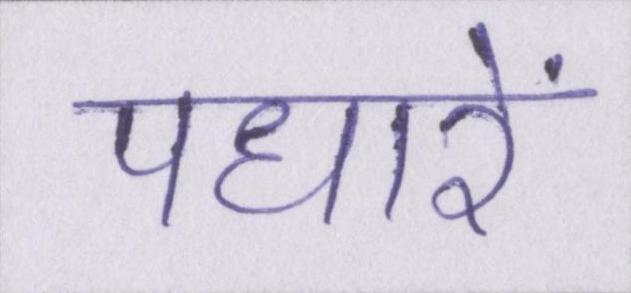
पधारें